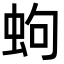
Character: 蚼